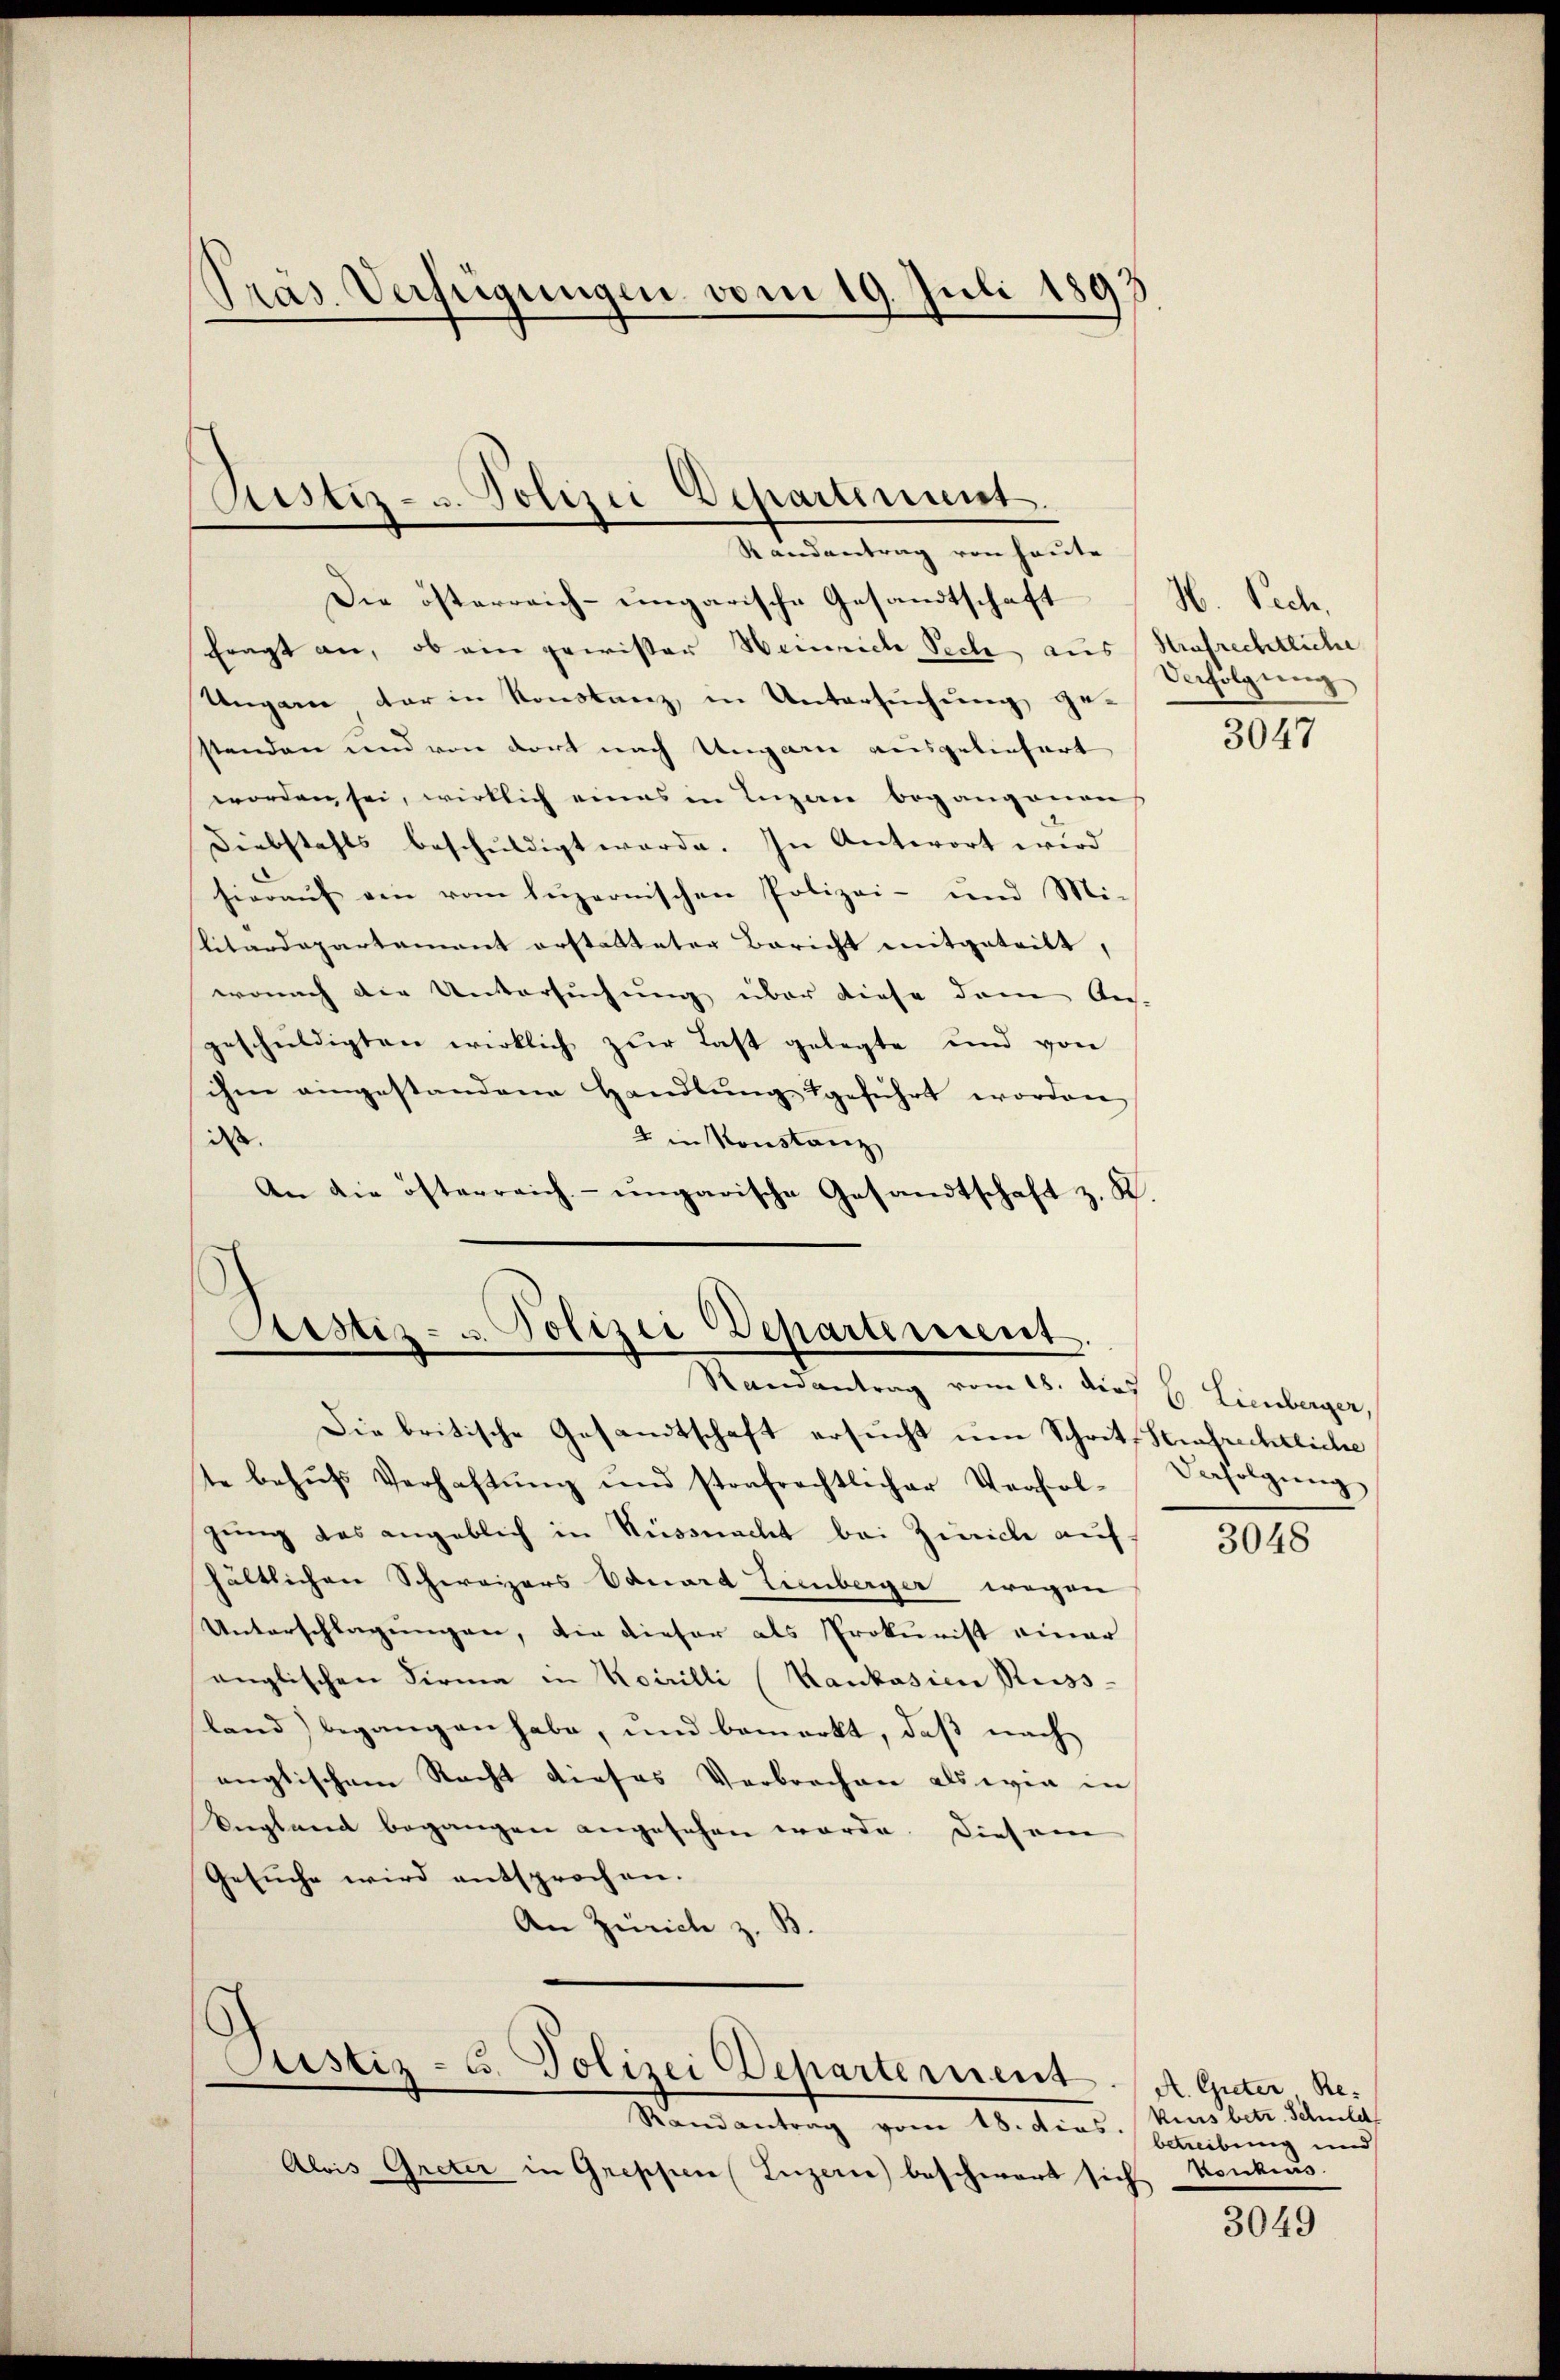
Präs. Verfügungen vom 19. Juli 1893

Aistiz- u. Polizei Departement.
Randantrag von heute

Die österreich-ungarische Gesandtschaft H. Pech,
fragt an, ob ein preister Weinrich Pech aus Nrafrechtliche
Ungare der in Konstanz, in Untersuchung ge-
stenden und von dort nach Ungarn ausgeliefert
worden sei, wirklich eines in Lugan begangenens
Diebstahls beschuldigt werde. In Antwort wird
hieraŭf ein vom luzernischen Polizei- und Mi-
litärdepartement erstatteter Bericht mitgeteilt,
wonach die Untersuchung über diese dem Aus-
geschuldigten wirklich zur Last gelegte und von
ihm eingestandene Handlŭng geführt worden
dass
2 in Konstanz,
An die österreich- ungarische Gesandtschaft z. K.

Die britische Gesandtschaft ersucht um Schritz Strafrechtliche
te behŭfs Verhaftŭng und strafrechtlicher Verfol-
gung das angeblich in Küssnacht bei Zürich auf
hältlichen Schweizers Eduard Lienberger wegen
Unterschlagungen, die dieser als Prokurist einer
anglischen Firma in Korrilli (Kankasien Russ-
land) begangen habe, und bemerkt, daβ nach
englischem Recht dieses Verbrechen als wie in
England begangen angesehen werde. Diesem
Gesuche wird entsprochen.
An Zürich z. B.

Astiz- u. Polizei Departement.
Randantrag vom 18. der E. Lienberger,

Justiz- u. Polizei Departement.

Alois Greter in Greppen (Luzerne beschwart sei

Randantrag vom 18. dies. Kursbetr. Schuld

Verfolgung

3047

Defolgung

3048

A. Greter Re-
betreibung und
Konkurs
d

3049